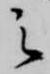
之